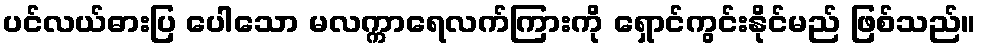
ပင်လယ်ဓားပြ ပေါသော မလက္ကာရေလက်ကြားကို ရှောင်ကွင်းနိုင်မည် ဖြစ်သည်။